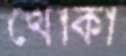
খোকা